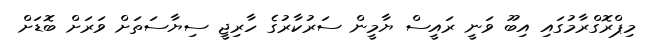
މިޕްރޮގްރާމުގައި އިބޫ ވަނީ ރައީސް ޔާމީން ސަރުކާރުގެ ހާރިޖީ ސިޔާސަތަށް ވަރަށް ބޮޑަށް